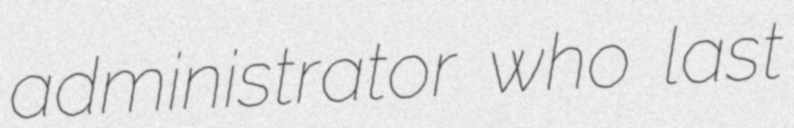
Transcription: administrator who last